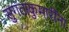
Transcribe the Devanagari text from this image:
सुगताकुमारींना